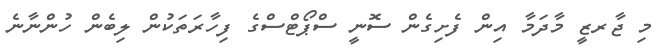
މި ޖާރޒީ މާދަމާ އިން ފެށިގެން ސޮނީ ސްޕޯޓްސްގެ ފިހާރަތަކުން ލިބެން ހުންނާނެ